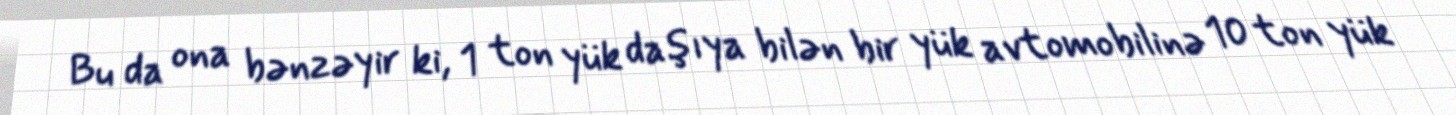
Bu da ona bənzəyir ki, 1 ton yük daşıya bilən bir yük avtomobilinə 10 ton yük